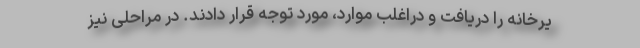
یرخانه را دریافت و دراغلب موارد، مورد توجه قرار دادند. در مراحلی نیز